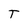
Character: T